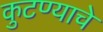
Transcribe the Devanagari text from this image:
कुटण्याचे